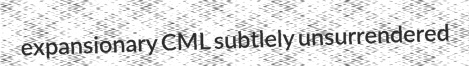
expansionary CML subtlely unsurrendered